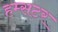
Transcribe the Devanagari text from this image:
हम्सटर